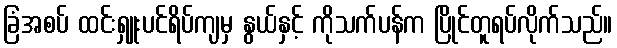
ခြံအစပ် ထင်းရှူးပင်ရိပ်ကျမှ နွယ်နှင့် ကိုသက်ပန်က ပြိုင်တူရပ်လိုက်သည်။